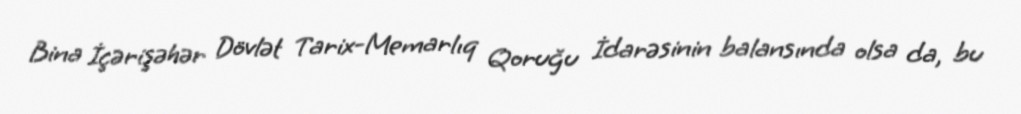
Bina İçərişəhər Dövlət Tarix-Memarlıq Qoruğu İdarəsinin balansında olsa da, bu